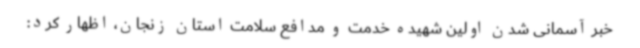
خبر آسمانی شدن اولین شهیده خدمت و مدافع سلامت استان زنجان، اظهار کرد: